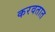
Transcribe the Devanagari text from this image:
करवतात